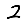
Digit: 2